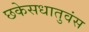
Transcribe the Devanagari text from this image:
छकेसधातुवंस